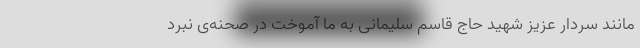
مانند سردار عزیز شهید حاج قاسم سلیمانی به ما آموخت در صحنه‌ی نبرد